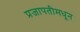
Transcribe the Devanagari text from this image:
प्रजापतीमधून